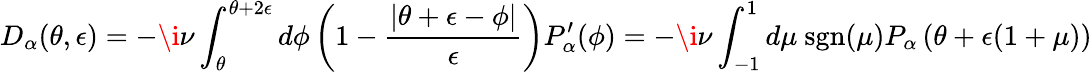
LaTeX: D_{\alpha}(\theta,\epsilon)=-\i\nu\int_{\theta}^{\theta+2\epsilon}d\phi\left(1-\frac{\left|\theta+\epsilon-\phi\right|}{\epsilon}\right)P_{\alpha}^{\prime}(\phi)=-\i\nu\int_{-1}^{1}d\mu\mathrm{~sgn}(\mu)P_{\alpha}\left(\theta+\epsilon(1+\mu)\right)